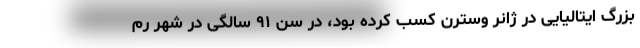
بزرگ ایتالیایی در ژانر وسترن کسب کرده بود، در سن ۹۱ سالگی در شهر رم